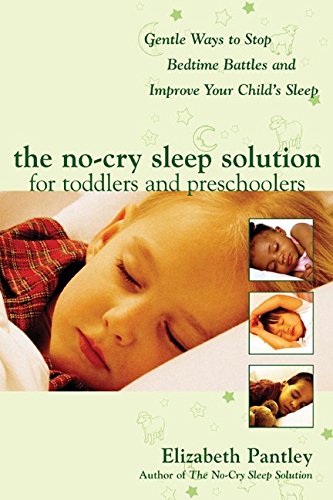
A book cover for The No-Cry Sleep Solution for Toddlers and Preschoolers: Gentle Ways to Stop Bedtime Battles and Improve Your Child's Sleep; Elizabeth Pantley; Parenting & Relationships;